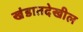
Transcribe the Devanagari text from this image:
खंडातदेखील